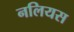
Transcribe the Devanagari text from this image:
नलियस